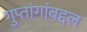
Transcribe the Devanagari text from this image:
गुप्तांगांबद्दल